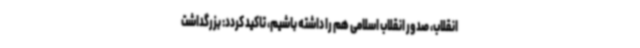
انقلاب، صدور انقلاب اسلامی هم را داشته باشیم، تاکید کردد: بزرگداشت